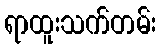
ရာထူးသက်တမ်း